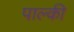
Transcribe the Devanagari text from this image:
पाल्की